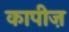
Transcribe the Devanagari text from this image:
कापीज़